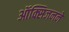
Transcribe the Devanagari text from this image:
ऑक्सिजनने